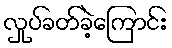
လှုပ်ခတ်ခဲ့ကြောင်း